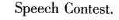
Speech Contest.